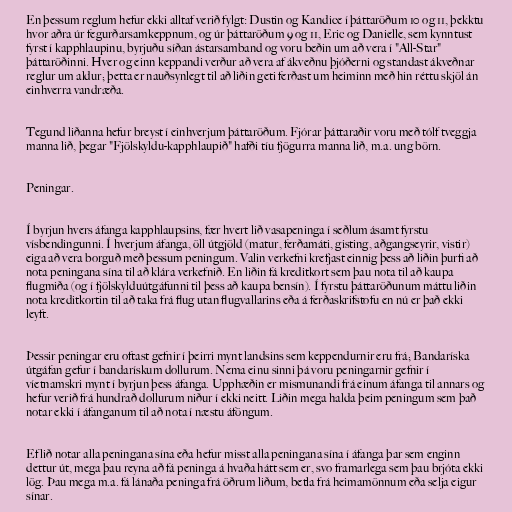
En þessum reglum hefur ekki alltaf verið fylgt: Dustin og Kandice í þáttaröðum 10 og 11, þekktu
hvor aðra úr fegurðarsamkeppnum, og úr þáttaröðum 9 og 11, Eric og Danielle, sem kynntust
fyrst í kapphlaupinu, byrjuðu síðan ástarsamband og voru beðin um að vera í "All-Star"
þáttaröðinni. Hver og einn keppandi verður að vera af ákveðnu þjóðerni og standast ákveðnar
reglur um aldur; þetta er nauðsynlegt til að liðin geti ferðast um heiminn með hin réttu skjöl án
einhverra vandræða.

Tegund liðanna hefur breyst í einhverjum þáttaröðum. Fjórar þáttaraðir voru með tólf tveggja
manna lið, þegar "Fjölskyldu-kapphlaupið" hafði tíu fjögurra manna lið, m.a. ung börn.

Peningar.

Í byrjun hvers áfanga kapphlaupsins, fær hvert lið vasapeninga í seðlum ásamt fyrstu
vísbendingunni. Í hverjum áfanga, öll útgjöld (matur, ferðamáti, gisting, aðgangseyrir, vistir)
eiga að vera borguð með þessum peningum. Valin verkefni krefjast einnig þess að liðin þurfi að
nota peningana sína til að klára verkefnið. En liðin fá kreditkort sem þau nota til að kaupa
flugmiða (og í fjölskylduútgáfunni til þess að kaupa bensín). Í fyrstu þáttaröðunum máttu liðin
nota kreditkortin til að taka frá flug utan flugvallarins eða á ferðaskrifstofu en nú er það ekki
leyft.

Þessir peningar eru oftast gefnir í þeirri mynt landsins sem keppendurnir eru frá; Bandaríska
útgáfan gefur í bandarískum dollurum. Nema einu sinni þá voru peningarnir gefnir í
víetnamskri mynt í byrjun þess áfanga. Upphæðin er mismunandi frá einum áfanga til annars og
hefur verið frá hundrað dollurum niður í ekki neitt. Liðin mega halda þeim peningum sem það
notar ekki í áfanganum til að nota í næstu áföngum.

Ef lið notar alla peningana sína eða hefur misst alla peningana sína í áfanga þar sem enginn
dettur út, mega þau reyna að fá peninga á hvaða hátt sem er, svo framarlega sem þau brjóta ekki
lög. Þau mega m.a. fá lánaða peninga frá öðrum liðum, betla frá heimamönnum eða selja eigur
sínar.